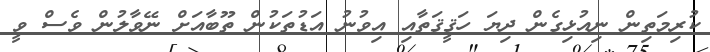
ކުރިމަތިން ނިއުޅިގެން ދިޔަ ހަޤީޤަތާއި އިވުނު އަޑުތަކުން ތޫބާއަށް ނޭވާލުން ވެސް ވީ